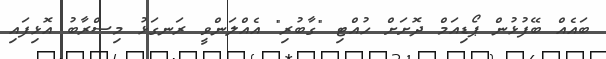
ބައެއް ބޭފުޅުން ޕޯޑިއަމް ދޮށަށް ހުއްޓި "ގާބުރި" އެއްލަންވީ ރަނގަޅު މިސްރާބު އޮޅިފައި